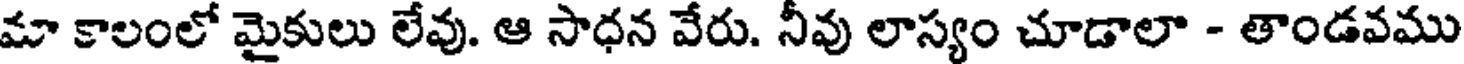
మా కాలంలో మైకులు లేవు. ఆ సాధన వేరు. నీవు లాస్యం చూడాలా - తాండవము